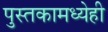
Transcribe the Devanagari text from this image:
पुस्तकामध्येही